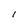
Character: I